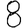
Digit: 8